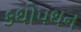
કથોપથન